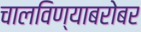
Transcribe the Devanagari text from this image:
चालविण्याबरोबर